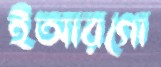
ইআরগো